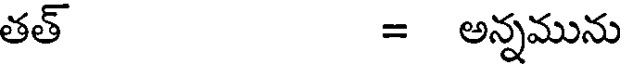
తత్ = అన్నమును